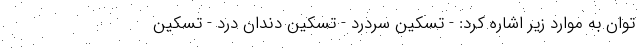
توان به موارد زیر اشاره کرد: - تسکین سردرد - تسکین دندان درد - تسکین